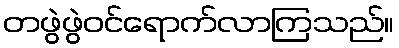
တဖွဲဖွဲဝင်ရောက်လာကြသည်။